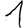
Digit: 1